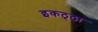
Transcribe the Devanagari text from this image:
इकठ्‍ठा